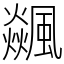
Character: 飊